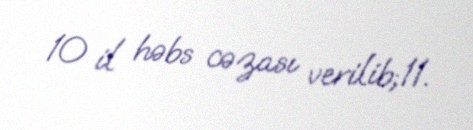
10 il həbs cəzası verilib;11.